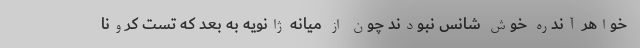
خواهر آندره خوش شانس نبودند چون از میانه ژانویه به بعد که تست کرونا